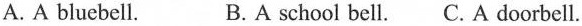
A.A bluebell. B.A school bell. C.A doorbell.